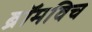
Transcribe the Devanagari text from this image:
ब्रॉमविच